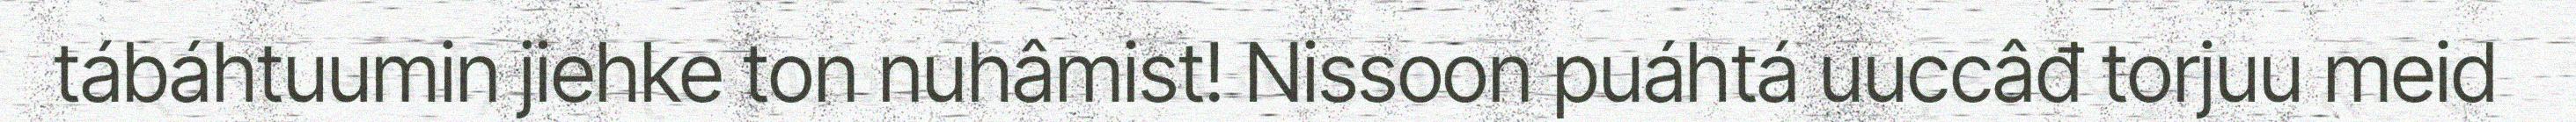
tábáhtuumin jiehke ton nuhâmist! Nissoon puáhtá uuccâđ torjuu meid